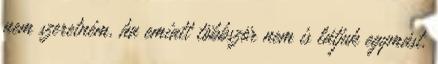
nem szeretném, ha emiatt többször nem is látjuk egymást,